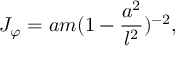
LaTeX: J _ { \varphi } = a m ( 1 - \frac { a ^ { 2 } } { l ^ { 2 } } ) ^ { - 2 } ,